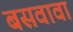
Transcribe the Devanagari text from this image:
बसवावा